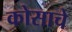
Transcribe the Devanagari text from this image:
कोसाचे